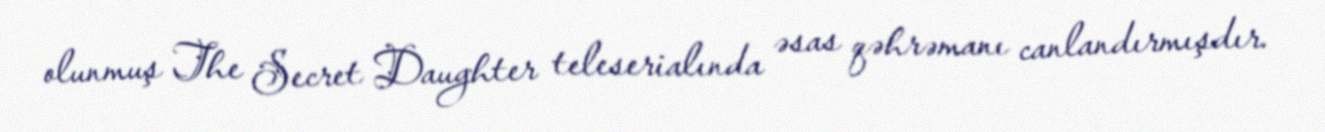
olunmuş The Secret Daughter teleserialında əsas qəhrəmanı canlandırmışdır.